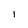
Character: 1